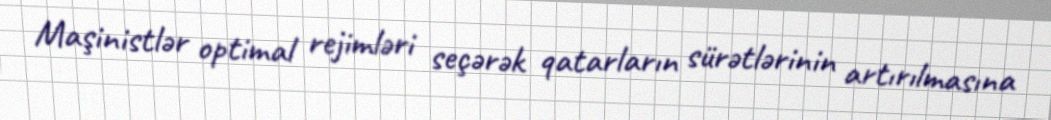
Maşinistlər optimal rejimləri seçərək qatarların sürətlərinin artırılmasına